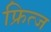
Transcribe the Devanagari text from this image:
फ्रित्ज